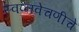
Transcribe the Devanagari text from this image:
स्वप्नवेचणीचे